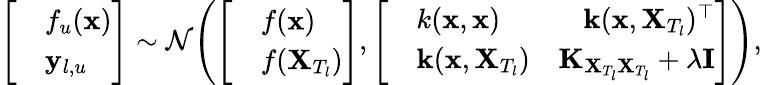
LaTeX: \Bigg[\begin{array}{rl}&{f_{u}(\mathbf{x})}\\ &{\mathbf{y}_{l,u}}\end{array}\Bigg]\sim\mathcal{N}\Bigg(\Bigg[\begin{array}{rl}&{f(\mathbf{x})}\\ &{f(\mathbf{X}_{T_{l}})}\end{array}\Bigg],\Bigg[\begin{array}{rlr}&{k(\mathbf{x},\mathbf{x})\quad}&{\mathbf{k}(\mathbf{x},\mathbf{X}_{T_{l}})^{\top}}\\ &{\mathbf{k}(\mathbf{x},\mathbf{X}_{T_{l}})}&{\mathbf{K}_{\mathbf{X}_{T_{l}}\mathbf{X}_{T_{l}}}+\lambda\mathbf{I}}\end{array}\Bigg]\Bigg),